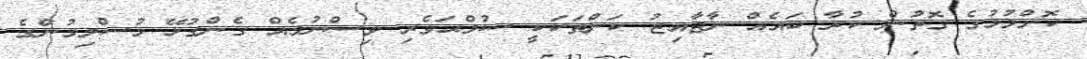
ކޮށްލުމުގެ ގޮތުން ކުރާ ބައެއް ނާޖާއިޒު ކަންތަކަކީ ސުލްޙަވެރި ވިސްނުމެއް ގެންގުޅޭ މުސްލިމުންގެ